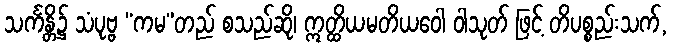
သင်္ကန္တိ၌ သံပုဗ္ဗ “ကမ”တည် စသည်ဆို၊ ဣတ္ထိယမတိယဝေါ ဝါသုတ် ဖြင့် တိပစ္စည်းသက်,